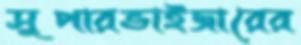
সুপারভাইজারের